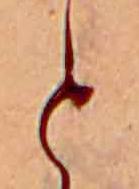
と